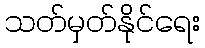
သတ်မှတ်နိုင်ရေး